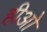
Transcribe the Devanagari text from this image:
हीओ